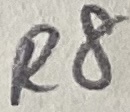
Text: R8